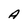
Character: A